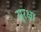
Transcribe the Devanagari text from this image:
सुरक्ष्रा